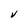
Character: V